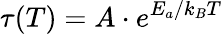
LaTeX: \tau(T)=A\cdot e^{E_{a}/k_{B}T}